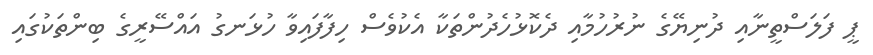
ޕީ ފަލަސްތީނާއި ދުނިޔޭގެ ނުރުހުމާއި ދެކޮޅުހެދުންތަކާ އެކުވެސް ހިފާފައިވާ ހުޅަނގު އައްސޭރީގެ ބިންތަކުގައި